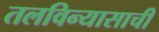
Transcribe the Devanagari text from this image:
तलविन्यासाची